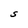
Character: S